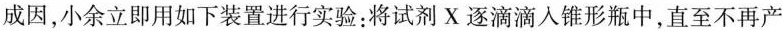
成因，小余立即用如下装置进行实验：将试剂X逐滴滴入锥形瓶中，直至不再产